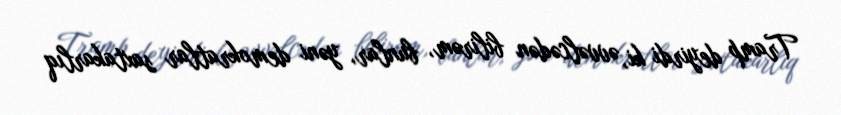
Tramp deyirdi ki, əvvəlcədən bilirəm, bunlar, yəni demokratlar saxtakarlıq